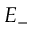
E _ { - }